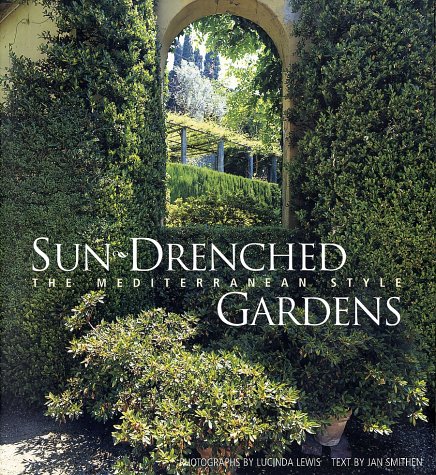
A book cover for Sun-Drenched Gardens: The Mediterranean Style; Jan Smithen; Crafts, Hobbies & Home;